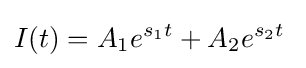
I(t)=A_{1}e^{s_{1}t}+A_{2}e^{s_{2}t}\;